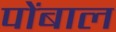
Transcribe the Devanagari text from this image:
पोंबाल